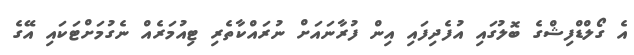
އެ ގޯލްޑްފިޝްގެ ބޮލުގައި އުފެދިފައި އިން ފުރާނައަށް ނުރައްކާތެރި ޓިއުމަރެއް ނެގުމަށްޓަކައި އޭގެ